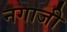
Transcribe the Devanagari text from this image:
नगाजी